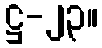
ဋ္ဌ-၂၃။